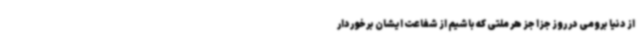
از دنیا برومی در روز جزا جز هر ملتی که باشیم از شفاعت ایشان برخوردار